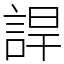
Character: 䛞